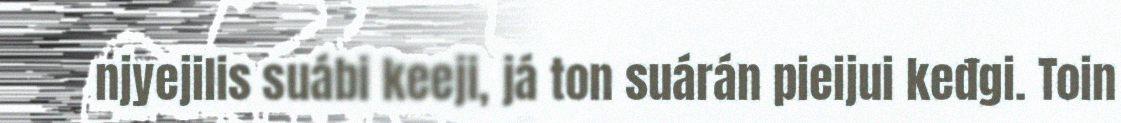
njyejilis suábi keeji, já ton suárán pieijui keđgi. Toin